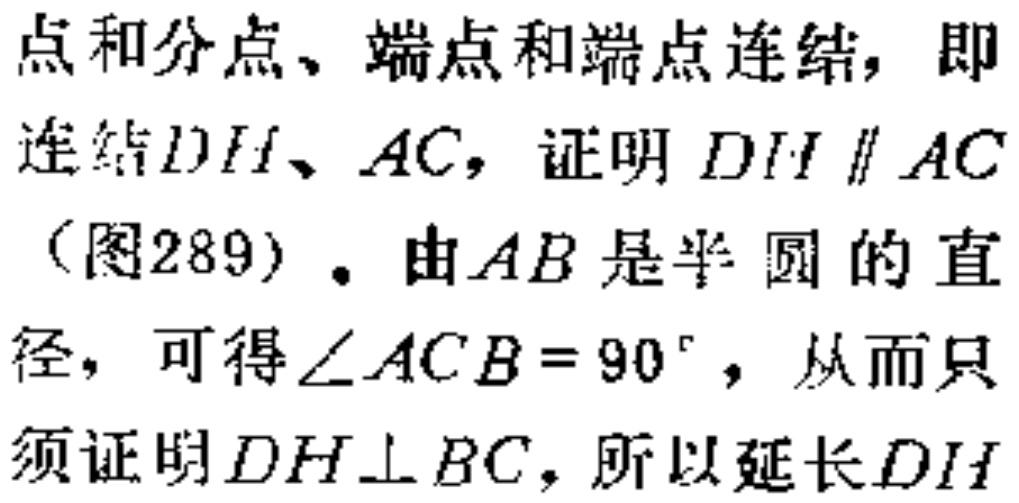
点和分点、端点和端点连结，即
连结\(DH\)、\(AC\)，证明 \(DH\parallel AC\)
（图289）. 由\(AB\)是半圆的直
径，可得\(\angle ACB = 90^{\circ}\)，从而只
须证明\(DH\perp BC\)，所以延长\(DH\)